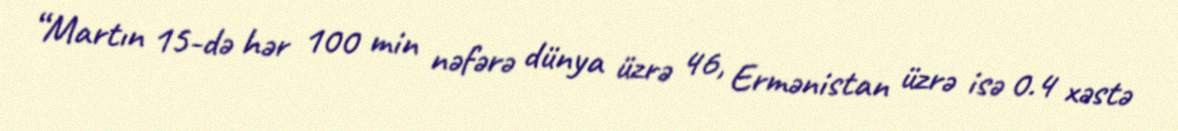
“Martın 15-də hər 100 min nəfərə dünya üzrə 46, Ermənistan üzrə isə 0.4 xəstə